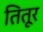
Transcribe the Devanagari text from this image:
तितूर